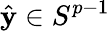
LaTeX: {\hat{\mathbf{y}}}\in S^{p-1}